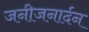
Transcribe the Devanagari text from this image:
जनीजनार्दन